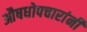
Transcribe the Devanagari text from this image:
औषधोपचारांनी